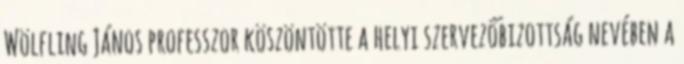
Wölfling János professzor köszöntötte a helyi szervezőbizottság nevében a